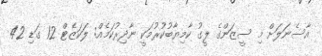
އާސެނަލަށް މި ސީޒަންގެ ލީގު ކާމިޔާބުކުރުމަކީ ނާދިރުކަމެއް: ލަކަޒެޓް 12 ގަޑި 42